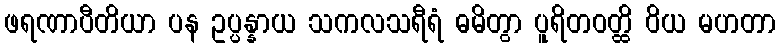
ဖရဏာပီတိယာ ပန ဥပ္ပန္နာယ သကလသရီရံ ဓမိတွာ ပူရိတဝတ္ထိ ဝိယ မဟတာ